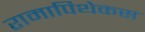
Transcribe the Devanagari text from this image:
रामापिथेकस